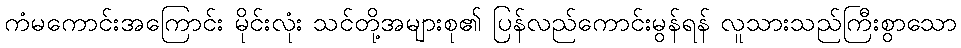
ကံမကောင်းအကြောင်း မိုင်းလုံး သင်တို့အများစု၏ ပြန်လည်ကောင်းမွန်ရန် လူသားသည်ကြီးစွာသော